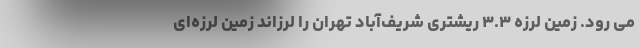
می رود. زمین لرزه ۳.۳ ریشتری شریف‌آباد تهران را لرزاند زمین لرزه‌ای